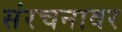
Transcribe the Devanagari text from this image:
संरचनावर